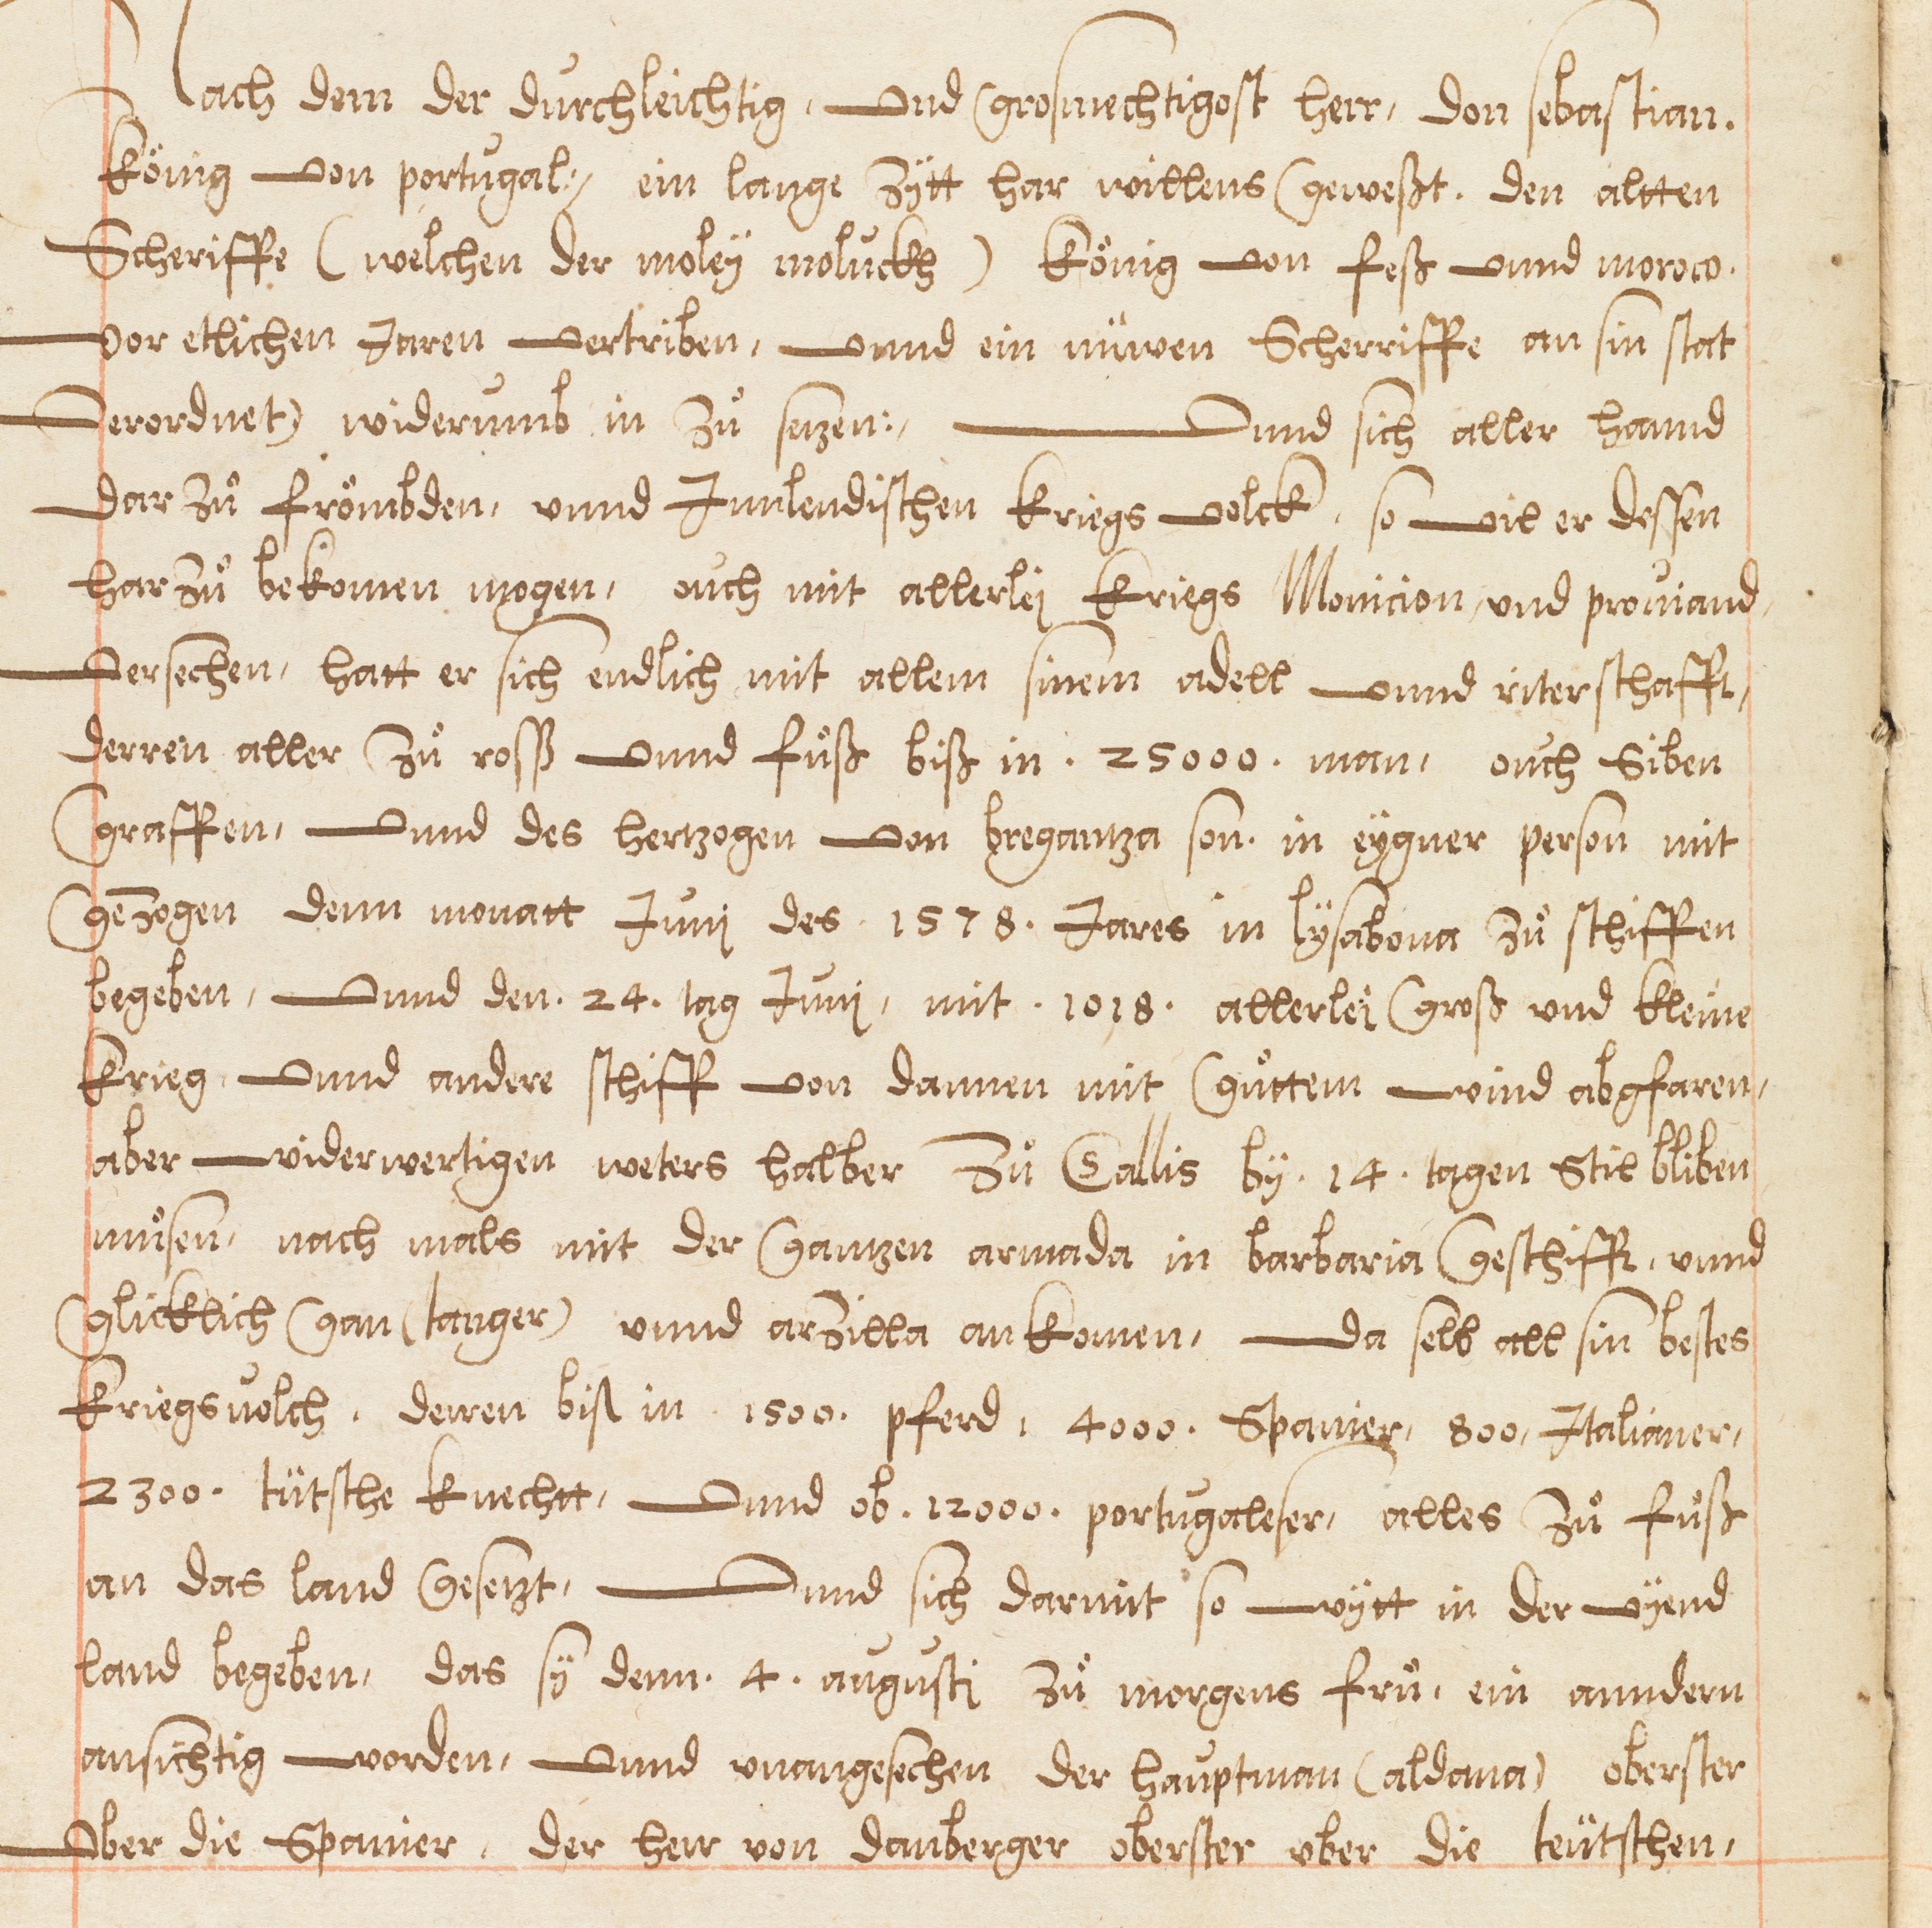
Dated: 1578–1580